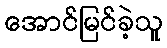
အောင်မြင်ခဲ့သူ